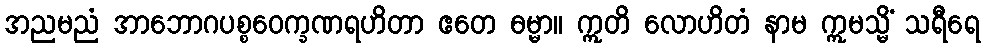
အညမညံ အာဘောဂပစ္စဝေက္ခဏရဟိတာ ဧတေ ဓမ္မာ။ ဣတိ လောဟိတံ နာမ ဣမသ္မိံ သရီရေ